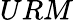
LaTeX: URM